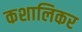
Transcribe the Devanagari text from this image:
कशालिकर